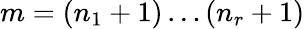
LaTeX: m=(n_{1}+1)\dots(n_{r}+1)